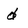
Character: d